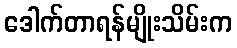
ဒေါက်တာရန်မျိုးသိမ်းက